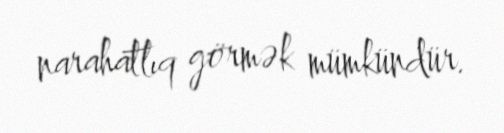
narahatlıq görmək mümkündür.